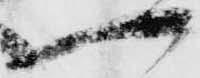
可